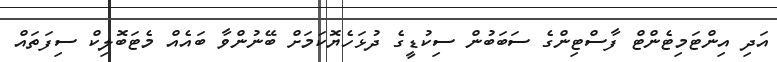
އަދި އިންޓަމިޓެންޓް ފާސްޓިންގެ ސަބަބުން ސިކުޑީގެ ދުޅަހެޔޮކަމަށް ބޭނުންވާ ބައެއް މެޓަބޮލިކް ސިފަތައް